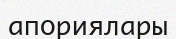
апориялары